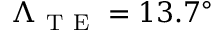
\Lambda _ { \mathrm { ~ T ~ E ~ } } = 1 3 . 7 ^ { \circ }